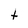
Character: t